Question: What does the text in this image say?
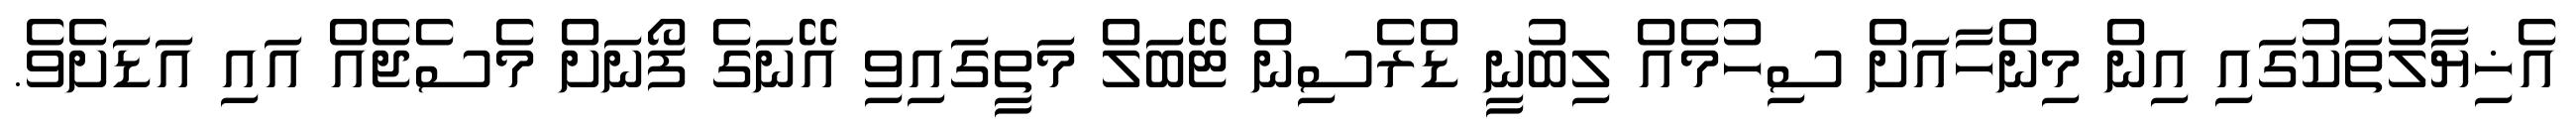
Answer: އެޚިޔާލުތަކުގައި އިން މިންހާއަށް ސިހުމެއް ލިބުނީ ޑްރެސިން ޓޭބަލް މަތީގައިވި އޭނަގެ ފޯނަށް މެސެޖެއް އައި އަޑަށެވެ.